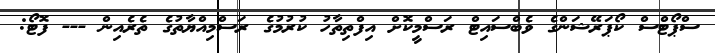
ސްޕޯޓްސް ކޯޕަރޭޝަންގެ ވެބްސައިޓް ރަސްމީކޮށް އިފްތިތާހު ކުރުމުގެ ރަސްމިއްޔާތުގެ ތެރެއިން --- ފޮޓޯ: